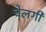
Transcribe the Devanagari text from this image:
चेलगी